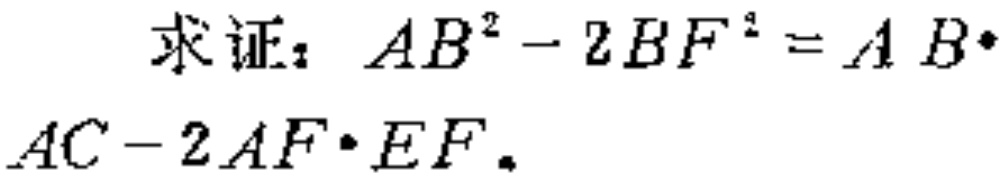
求证：\(AB^{2}-2BF^{2}=AB\cdot AC - 2AF\cdot EF\)。